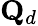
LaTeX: \mathbf{Q}_{d}